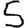
Digit: 5